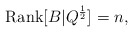
\begin{align*}\textrm{Rank}[B|Q^{\frac{1}{2}}]=n,\end{align*}